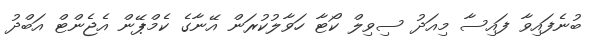
ބުނެފައިވާ ފައިސާ މިއަދު ސިވިލް ކޯޓާ ހަވާލުކުރަން އޭނާގެ ކެމްޕޭން އެޖެންޓް އަބްދު